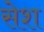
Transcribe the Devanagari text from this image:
सेश